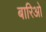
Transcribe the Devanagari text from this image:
बारिओ